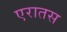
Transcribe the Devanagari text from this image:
एरातस